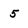
Character: 5